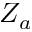
Z _ { a }